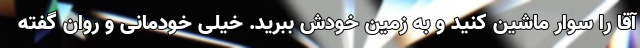
آقا را سوار ماشین کنید و به زمین خودش ببرید. خیلی خودمانی و روان گفته